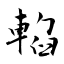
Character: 輡